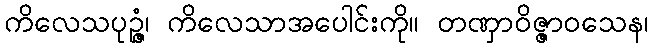
ကိလေသပုဉ္ဇံ၊ ကိလေသာအပေါင်းကို။ တဏှာဝိဇ္ဇာဝသေန၊